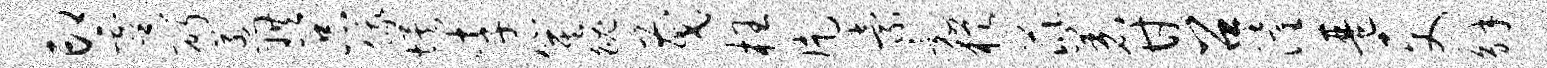
印虞斫惹珙品俄埃李箕魄茂枉片索竟犹芘着甘召潼琶更解